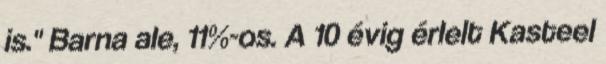
is." Barna ale, 11%-os. A 10 évig érlelt Kasteel